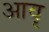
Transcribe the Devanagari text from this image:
आवृ